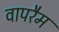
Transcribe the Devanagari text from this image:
वापरैम